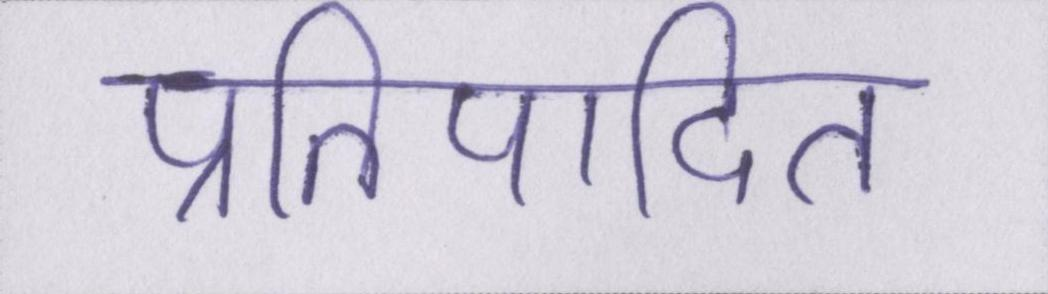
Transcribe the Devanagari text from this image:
प्रतिपादित